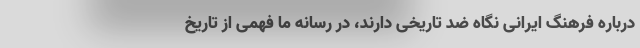
درباره فرهنگ ایرانی نگاه ضد تاریخی دارند، در رسانه ما فهمی از تاریخ